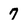
Character: 7